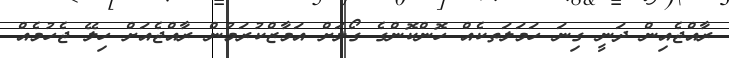
ރާއްޖެއިން ދަނީ ގިނަ ހަމަލަތކެއް ހޮންކޮންގެ ގޯލަށް އަމާޒްކުރަމުން ރާއްޖެއަށް ހިލޭ ޖެހުމެއް